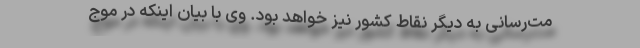
مت‌رسانی به دیگر نقاط کشور نیز خواهد بود. وی با بیان اینکه در موج